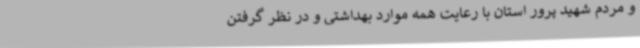
و مردم شهید پرور استان با رعایت همه موارد بهداشتی و در نظر گرفتن